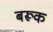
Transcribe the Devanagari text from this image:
बरूक